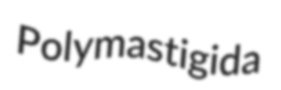
Polymastigida